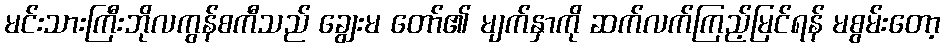
မင်းသားကြီးဘိုလကွန်စကီသည် ချွေးမ တော်၏ မျက်နှာကို ဆက်လက်ကြည့်မြင်ရန် မစွမ်းတော့